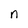
Character: n